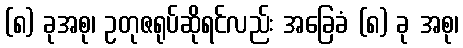
(၈) ခုအစု၊ ဥတုဇရုပ်ဆိုရင်လည်း အခြေခံ (၈) ခု အစု၊